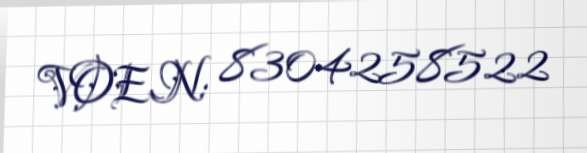
VOEN: 8304258522